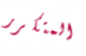
المتكرر